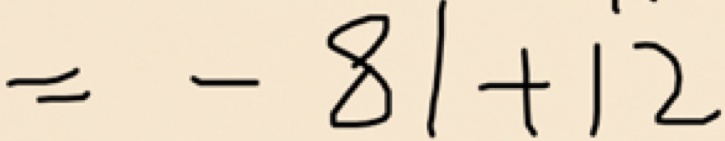
= - 8 1 + 1 2